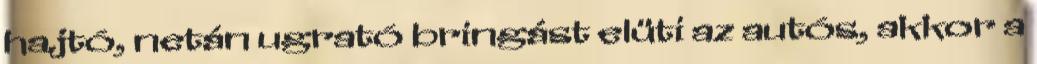
hajtó, netán ugrató bringást elüti az autós, akkor a